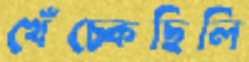
খেঁচ্‌কেছিলি